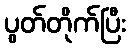
ပွတ်တိုက်ပြီး